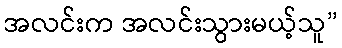
အလင်းက အလင်းသွားမယ့်သူ”